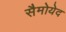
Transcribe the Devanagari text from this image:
सैमोयेद